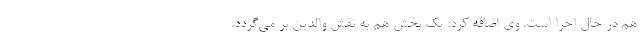
هم در حال اجرا است. وی اضافه کرد: یک بخش هم به نقش والدین بر می‌گردد.